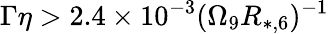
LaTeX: \Gamma\eta>2.4\times 10^{-3}(\Omega_{9}R_{*,6})^{-1}